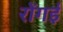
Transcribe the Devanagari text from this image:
रोंगई